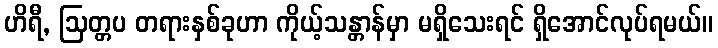
ဟိရီ, ဩတ္တပ တရားနှစ်ခုဟာ ကိုယ့်သန္တာန်မှာ မရှိသေးရင် ရှိအောင်လုပ်ရမယ်။